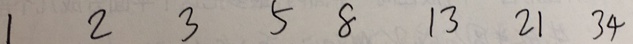
1 2 3 5 8 1 3 2 1 3 4